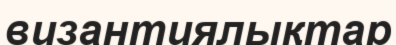
византиялықтар